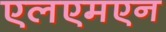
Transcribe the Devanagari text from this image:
एलएमएन